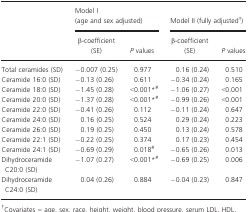
<table><thead><tr><td rowspan="2"></td><td colspan="2"><b>Model I (age and sex adjusted)</b></td><td colspan="2"><b>Model II (fully adjusted†)</b></td></tr><tr><td><b>β‐coefficient (SE)</b></td><td><b><i>P</i> values</b></td><td><b>β‐coefficient (SE)</b></td><td><b><i>P</i> values</b></td></tr></thead><tbody><tr><td>Total ceramides (SD)</td><td>−0.007 (0.25)</td><td>0.977</td><td>0.16 (0.24)</td><td>0.510</td></tr><tr><td>Ceramide 16:0 (SD)</td><td>−0.13 (0.26)</td><td>0.611</td><td>−0.34 (0.24)</td><td>0.165</td></tr><tr><td>Ceramide 18:0 (SD)</td><td>−1.45 (0.28)</td><td>&lt;0.001*, #</td><td>−1.06 (0.27)</td><td>&lt;0.001</td></tr><tr><td>Ceramide 20:0 (SD)</td><td>−1.37 (0.28)</td><td>&lt;0.001*, #</td><td>−0.99 (0.26)</td><td>&lt;0.001</td></tr><tr><td>Ceramide 22:0 (SD)</td><td>−0.41 (0.26)</td><td>0.112</td><td>−0.11 (0.24)</td><td>0.647</td></tr><tr><td>Ceramide 24:0 (SD)</td><td>0.16 (0.25)</td><td>0.524</td><td>0.29 (0.24)</td><td>0.223</td></tr><tr><td>Ceramide 26:0 (SD)</td><td>0.19 (0.25)</td><td>0.450</td><td>0.13 (0.24)</td><td>0.578</td></tr><tr><td>Ceramide 22:1 (SD)</td><td>−0.22 (0.25)</td><td>0.374</td><td>0.17 (0.23)</td><td>0.454</td></tr><tr><td>Ceramide 24:1 (SD)</td><td>−0.69 (0.29)</td><td>0.018#</td><td>−0.65 (0.26)</td><td>0.013</td></tr><tr><td>Dihydroceramide C20:0 (SD)</td><td>−1.07 (0.27)</td><td>&lt;0.001*, #</td><td>−0.69 (0.25)</td><td>0.006</td></tr><tr><td>Dihydroceramide C24:0 (SD)</td><td>0.04 (0.26)</td><td>0.884</td><td>−0.04 (0.23)</td><td>0.847</td></tr></tbody></table>